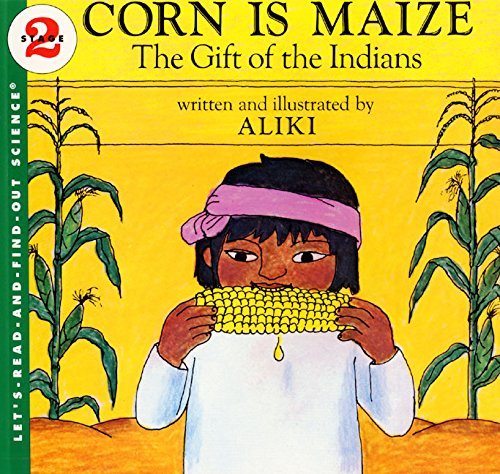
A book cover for Corn Is Maize: The Gift of the Indians (Let's-Read-and-Find-Out Science 2); Aliki; Children's Books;